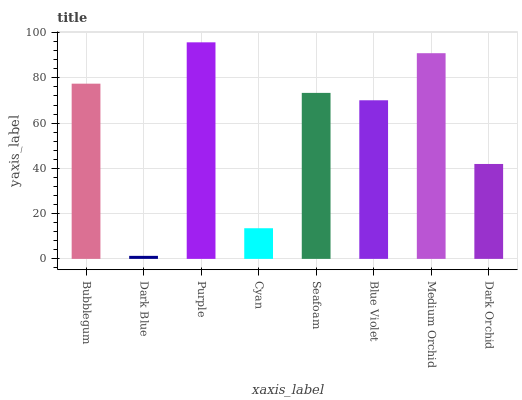
| xaxis_label | bars |
 | --- | --- |
 | Bubblegum | 77.4 |
 | Dark Blue | 1.34 |
 | Purple | 95.7 |
 | Cyan | 13.5 |
 | Seafoam | 73.4 |
 | Blue Violet | 70.1 |
 | Medium Orchid | 90.9 |
 | Dark Orchid | 41.9 |